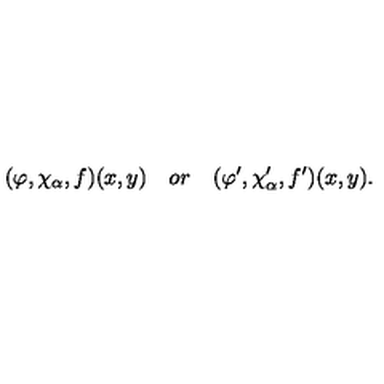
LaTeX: ( \varphi , \chi _ { \alpha } , f ) ( x , y ) \quad o r \quad ( \varphi ^ { \prime } , \chi _ { \alpha } ^ { \prime } , f ^ { \prime } ) ( x , y ) .